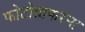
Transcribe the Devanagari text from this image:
फोटोग्राफरना